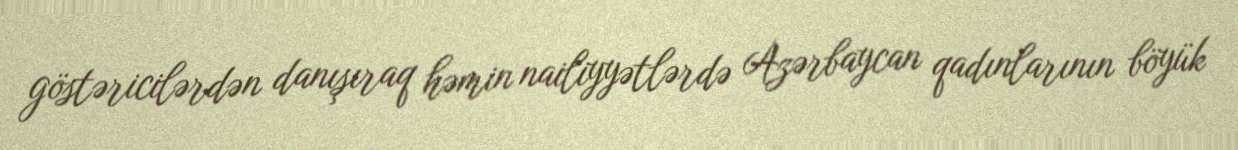
göstəricilərdən danışıraq həmin nailiyyətlərdə Azərbaycan qadınlarının böyük